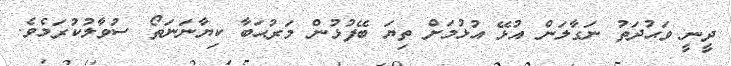
ދީނީ ވަޙުދަތު ނަގާލަން އުޅޭ އުޅުމަށް ތިޔަ ބޭފުޅުން މަރުޙަބާ ކިޔާނަނަތޯ ސުވާލުކުރަމެވެ.